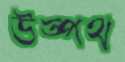
উত্পথ